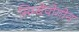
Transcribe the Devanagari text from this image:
सिम्बेपोगोन